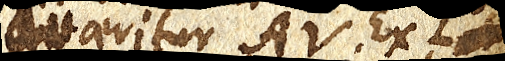
quaeritur AV. Ex L xx